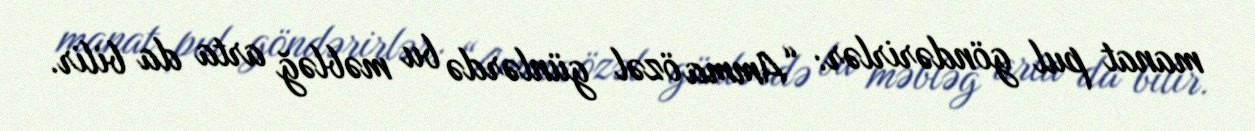
manat pul göndərirlər: “Amma özəl günlərdə bu məbləğ arta da bilir.